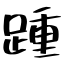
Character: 踵